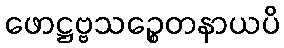
ဖောဋ္ဌဗ္ဗသဉ္စေတနာယပိ